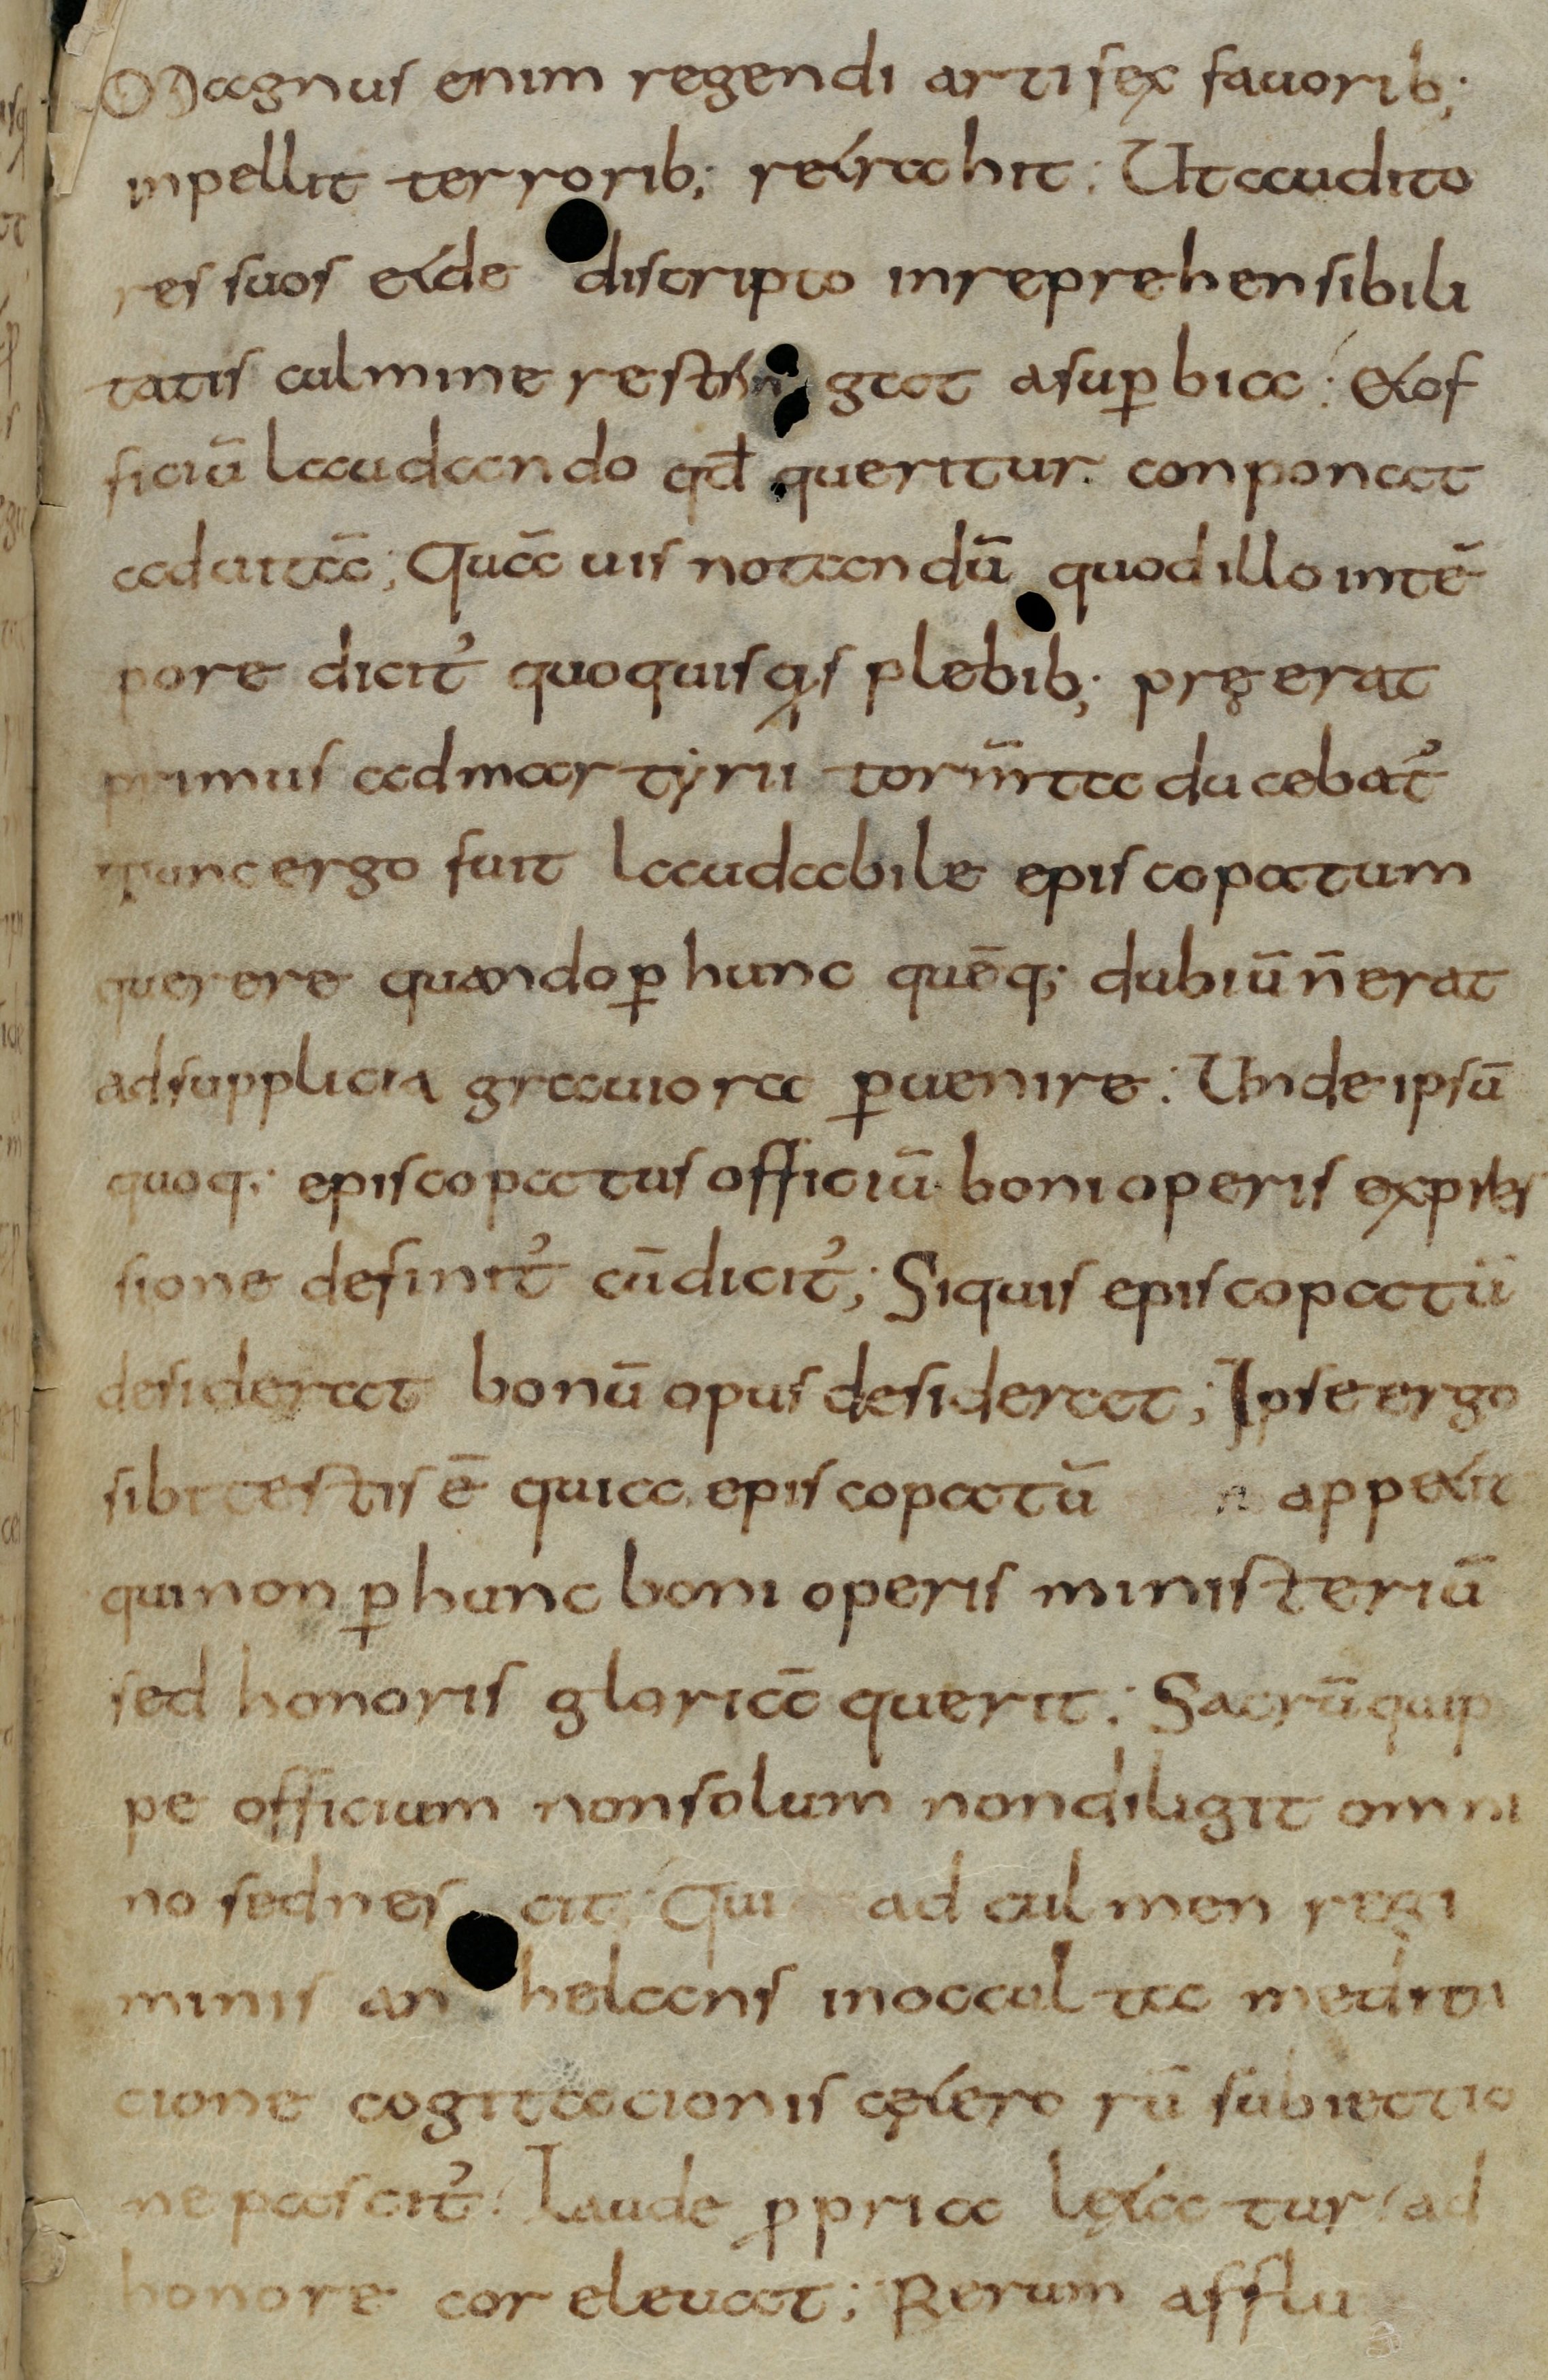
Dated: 800–830